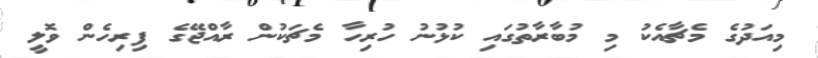
މިއަދުގެ މެޗާއެކު މި މުބާރާތުގައި ކުޅުނު ހުރިހާ މެޗަކުން ރާއްޖޭގެ ފިރިހެން ވޮލީ